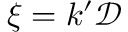
\xi = k ^ { \prime } \mathcal { D }